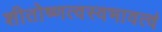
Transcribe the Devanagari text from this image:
शीतोष्णत्वस्वभावत्वं